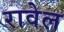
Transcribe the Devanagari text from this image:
रावेल